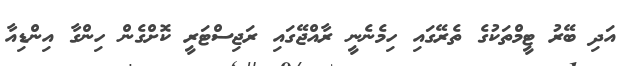
އަދި ބޭރު ޓީމްތަކުގެ ތެރޭގައި ހިމެނެނީ ރާއްޖޭގައި ރަޖިސްޓަރީ ކޮށްގެން ހިންގާ އިންޑިއާ